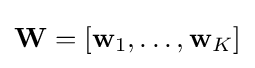
\mathbf {W} =[\mathbf {w} _{1},\ldots ,\mathbf {w} _{K}]